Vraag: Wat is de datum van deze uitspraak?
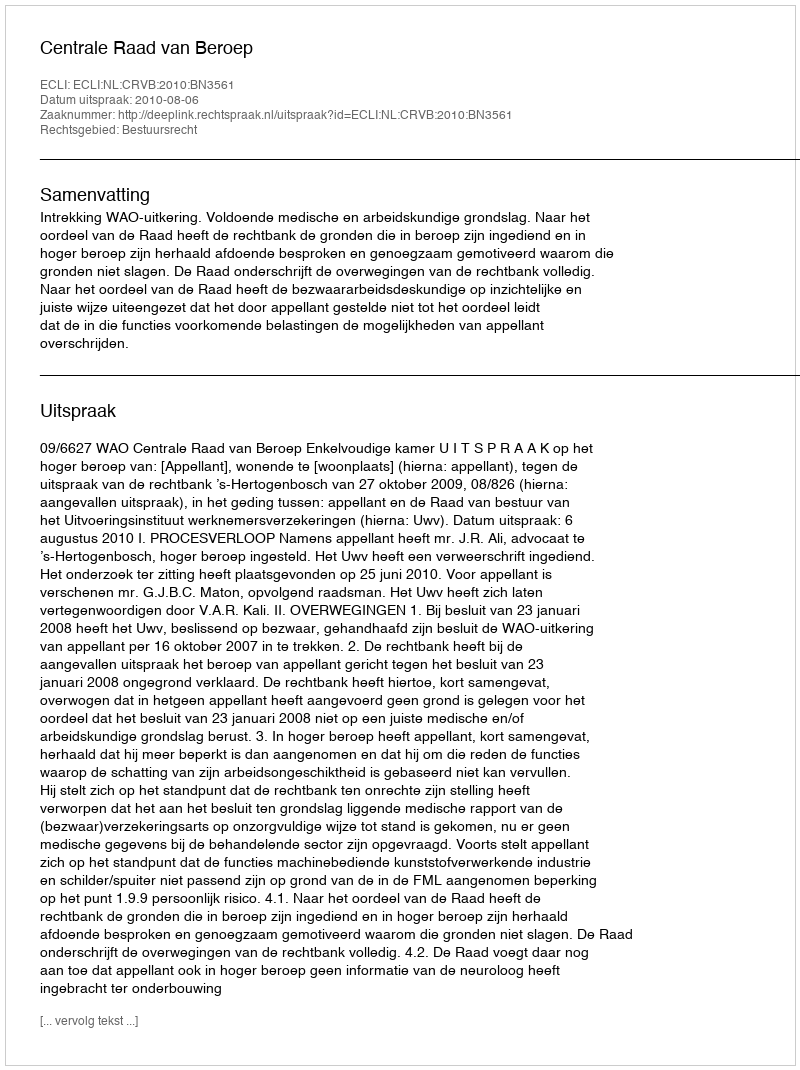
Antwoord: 2010-08-06